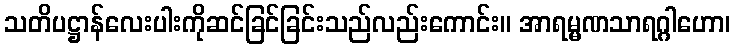
သတိပဋ္ဌာန်လေးပါးကိုဆင်ခြင်ခြင်းသည်လည်းကောင်း။ အာရမ္မဏသာရဂ္ဂါဟော၊